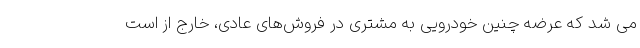
می شد که عرضه چنین خودرویی به مشتری در فروش‌های عادی، خارج از است